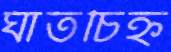
ঘাতচিহ্ন